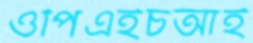
ওপিএইচআই